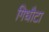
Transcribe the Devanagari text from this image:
गिधौटा